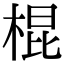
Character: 棍